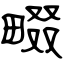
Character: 畷